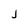
Character: j